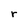
Character: r